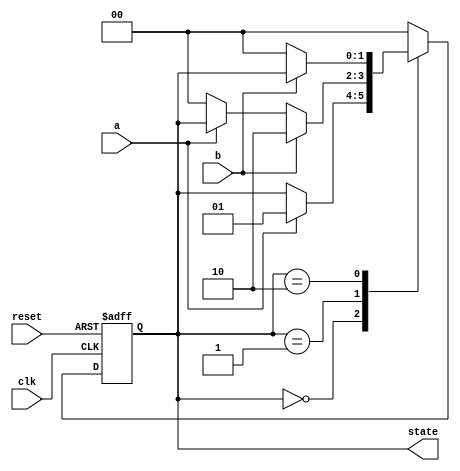
module fsm_example (
    input wire clk,        // Clock signal
    input wire reset,      // Asynchronous reset
    input wire a,         // Input signal
    input wire b,         // Input signal
    output reg [1:0] state // 2-bit state output
);

// State encoding
parameter IDLE    = 2'b00;
parameter STATE1  = 2'b01;
parameter STATE2  = 2'b10;

// Event Control: Wait for clock edges or reset
always @(posedge clk or posedge reset) begin
    if (reset) begin
        state <= IDLE; // Reset state to IDLE
    end else begin
        case (state)
            IDLE: begin
                if (a) begin
                    state <= STATE1; // Transition to STATE1 if 'a' is high
                end
            end
            STATE1: begin
                if (b) begin
                    state <= STATE2; // Transition to STATE2 if 'b' is high
                end else if (~a) begin
                    state <= IDLE; // Return to IDLE if 'a' is low
                end
            end
            STATE2: begin
                if (~b) begin
                    state <= IDLE; // Transition back to IDLE if 'b' is low
                end
            end
            default: begin
                state <= IDLE; // Safety default
            end
        endcase
    end
end

endmodule